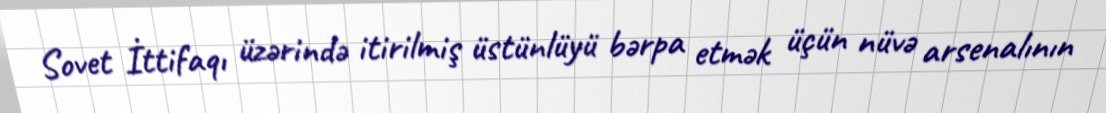
Sovet İttifaqı üzərində itirilmiş üstünlüyü bərpa etmək üçün nüvə arsenalının